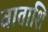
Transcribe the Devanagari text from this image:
वाताशि